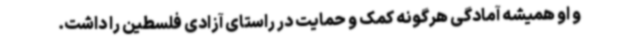
و او همیشه آمادگی هرگونه کمک و حمایت در راستای آزادی فلسطین را داشت.